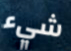
شيء